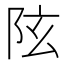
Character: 𨸫